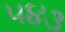
૫૪૩